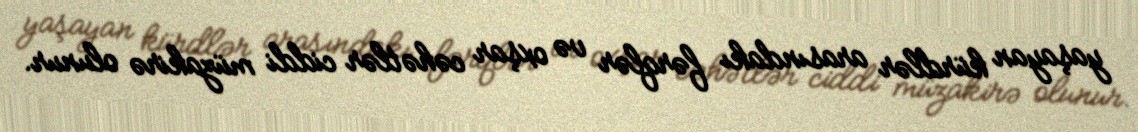
yaşayan kürdlər arasındakı fərqlər və oxşar cəhətlər ciddi müzakirə olunur.